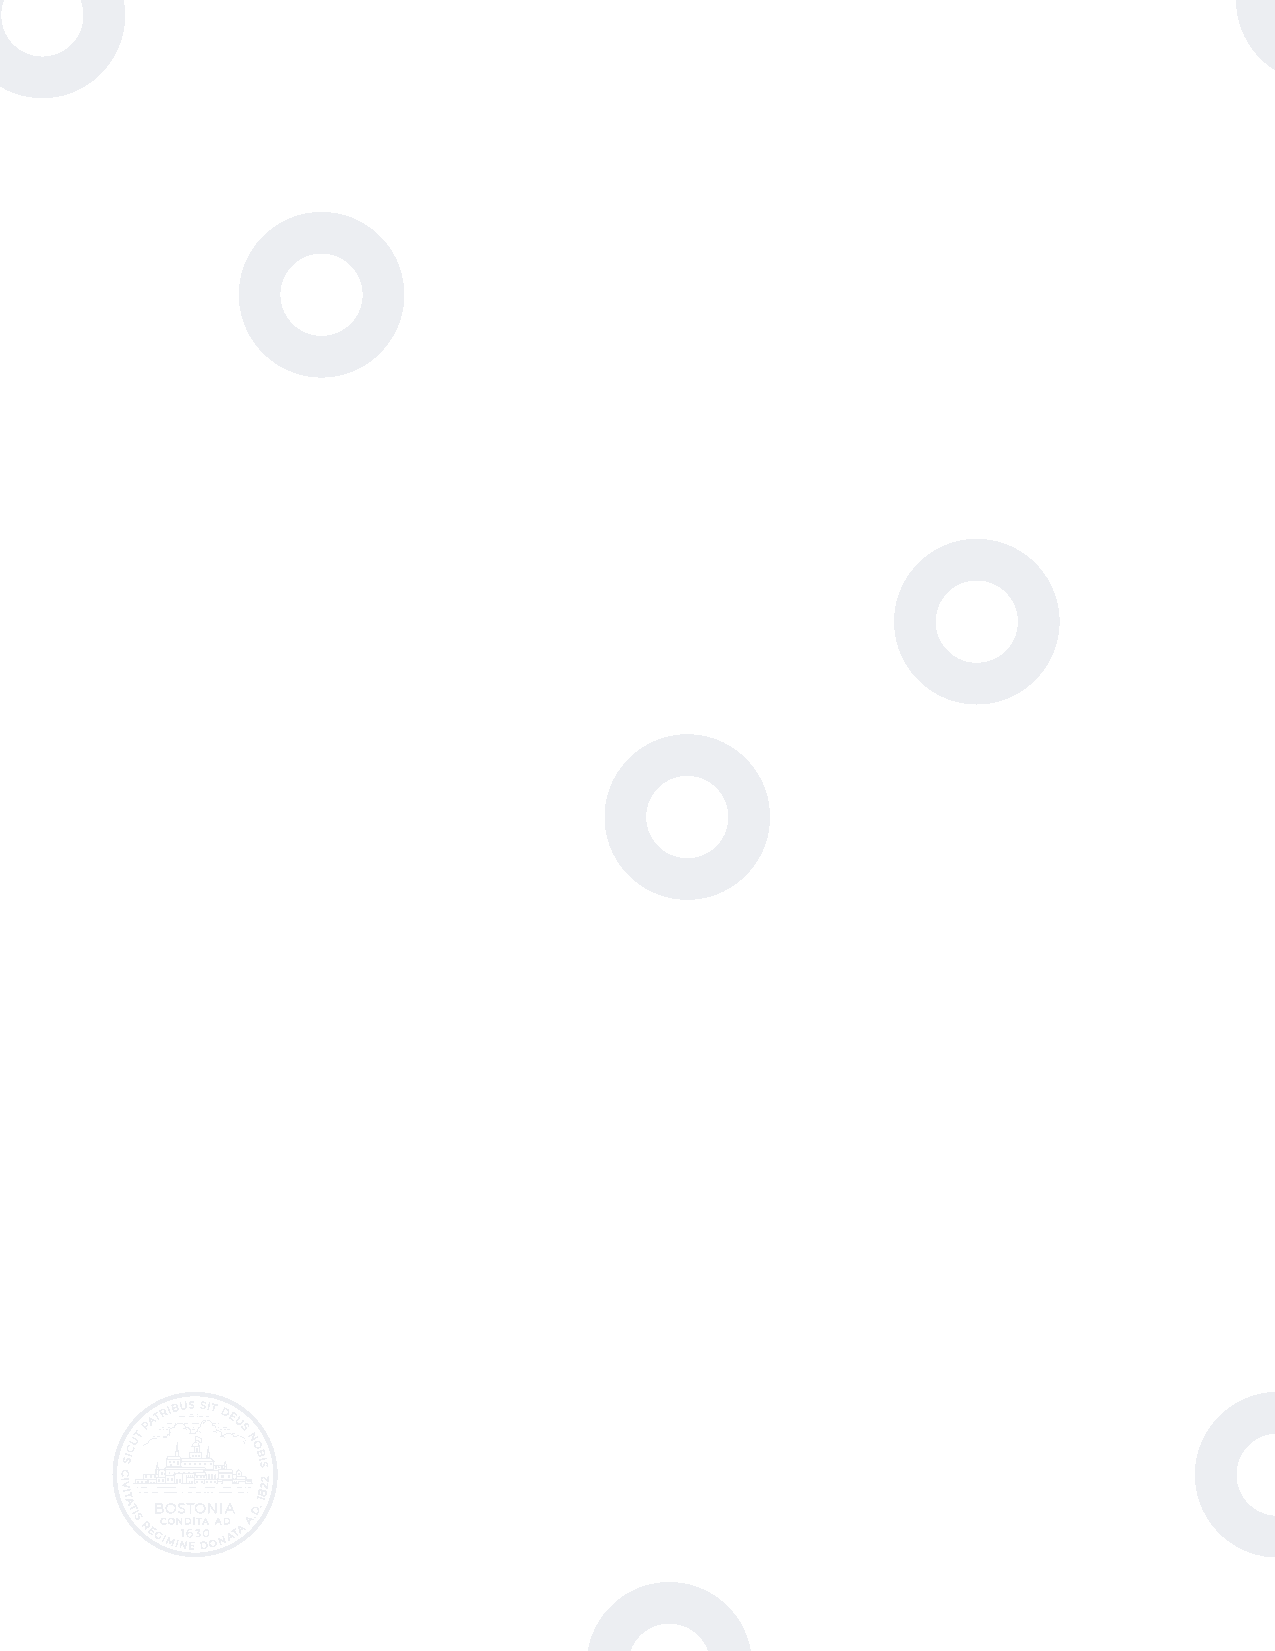
December 2016
 Dear  Neighbors,
 The challenge of climate change is here, in Boston, now. We’ve seen more frequent
 fl ooding on Morrissey Boulevard. We endured the record-sett ing snowstorms of 2015.
 And this year we experienced the driest, and one of the hott est, summers in our history.
 Climate change has infl uenced all these events. I’ve felt these changes from my home in
 Dorchester, and I know you’ve felt them in your neighborhoods, too.
 As the century progresses, the eff ects of climate change will grow. Those changes might seem
 overwhelming, but Bostonians are practical and creative. We work together to solve problems.
 And our response to climate change is no exception. Climate change has been a top priority since
 I entered offi ce. All parts and sectors of the city have expanded their eff orts to save energy and
 reduce greenhouse gas emissions, the cause of climate change. Now, because we know that the
 climate will continue to change for many years, we—with community organizations, academic
 institutions, and businesses—are accelerating the work of preparing Boston for change that cannot
 be avoided.
 A year ago, with the support of the Commonwealth of Massachusett s and the Green Ribbon
 Commission, I launched Climate Ready Boston, an initiative to create a systematic and
 comprehensive framework for the work we must do. With a team that included local climate
 scientists and experienced engineers, planners, and designers, Climate Ready Boston updated the
 projections of how much our climate will change, identifi ed where we’re most vulnerable, and
 proposed steps for becoming more resilient to the changes ahead. I’m pleased to share the results
 with you.
 Our responsibility is to turn these proposals into action. Climate change is not a narrow issue,
 but one that aff ects the social and economic vitality of our city. Climate action will not only
 keep us safer in the face of higher tides, more intense storms, and more extreme heat. It will also
 create jobs, improve public spaces and public health, and make our energy supply more effi cient
 and resilient. These improvements will provide long-term economic benefi ts, strengthen our
 infrastructure, and make our neighborhoods safer. By preparing for the inevitable eff ects of
 climate change as part of the Imagine Boston 2030 citywide plan, we’re investing in our future.
 Climate change poses a greater threat to some Bostonians. The very young and very old, people
 who do not speak English, and those with low incomes or medical illnesses or disabilities are all
 at elevated risk. By ensuring that our solutions are built together with those communities and
 in response to their needs, climate action will help us build a more equitable city. Furthermore,
 because climate change knows no borders, we will work with neighboring municipalities to
 address the regional impacts we face together.
 Climate change will continue for decades. Today, we can take steps to make our city healthier and
 more thriving now and establish a foundation that enables the next generation to build on the
 work that we are starting. I look forward to working with you in your communities.
 Sincerely,
 Martin J. Walsh, Mayor